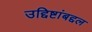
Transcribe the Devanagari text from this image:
उद्दिष्टांबद्दल